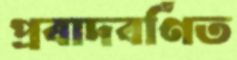
প্রবাদবর্ণিত